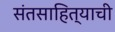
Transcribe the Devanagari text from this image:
संतसाहित्याची